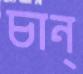
চান্